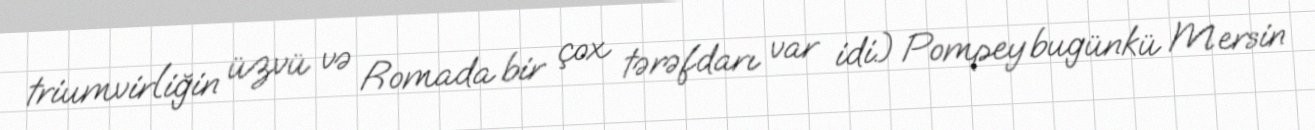
triumvirliğin üzvü və Romada bir çox tərəfdarı var idi.) Pompey bugünkü Mersin